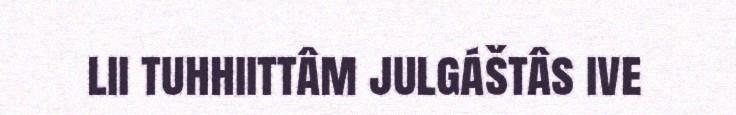
lii tuhhiittâm julgáštâs ive